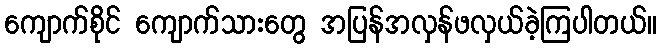
ကျောက်စိုင် ကျောက်သားတွေ အပြန်အလှန်ဖလှယ်ခဲ့ကြပါတယ်။